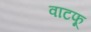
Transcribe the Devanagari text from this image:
वाटफू